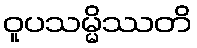
ဝူပသမ္မိဿတိ